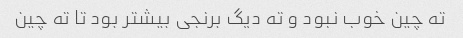
ته چین خوب نبود و ته دیگ برنجی بیشتر بود تا ته چین